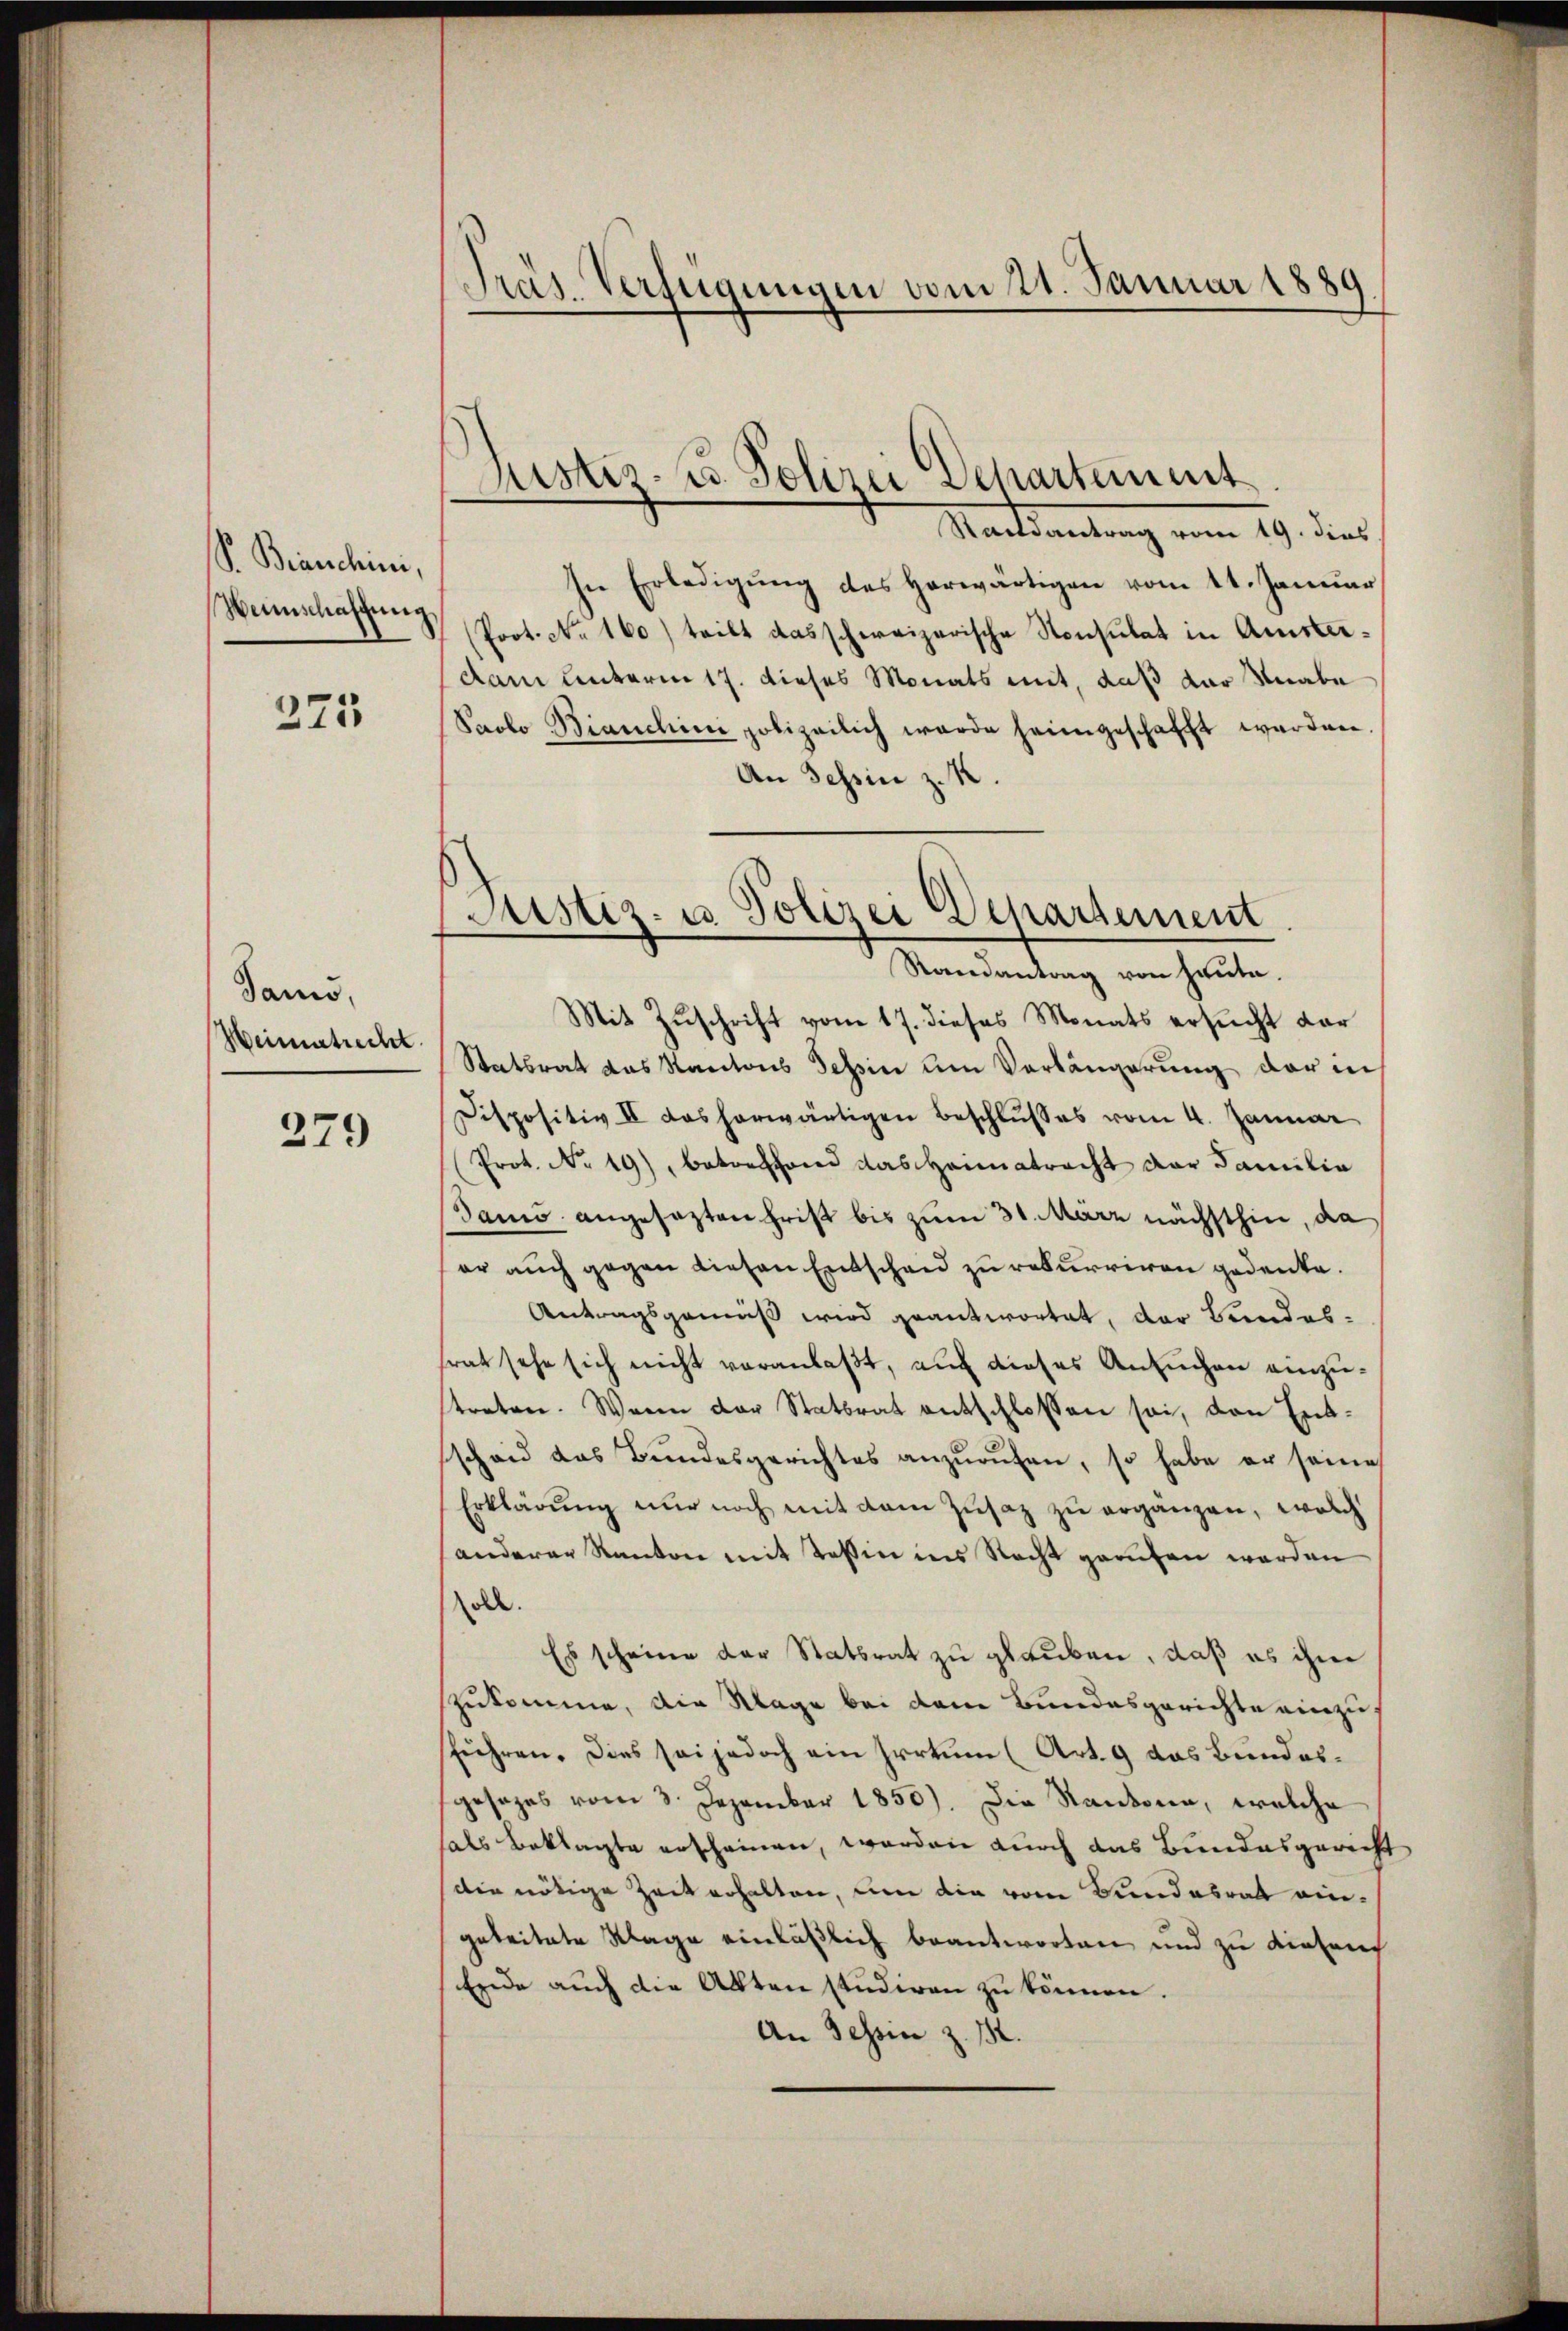
P. Branchini,
Weinschaffung

221

Jans,
Weinstrecht.

279

Präs. Verfügungen vom 21. Januar 1889

Suster. C. Polizei Departement

Staatsantung vom 19. dies
In Erledigŭng des herwärtigen vom 11. Januar
(Prot. No. 160) teilt das schweizerische Konsulat in Amsterdam unterm 17. dieses Monats mit, daß der Knabe
Paolo Bianchini polizeilich werde heimgeschafft werden
An Tessin z. K.

Justiz- u. Polizei Departement
Randantrag von heute.

Mit Zuschrift vom 17. dieses Monats ersucht dar
Statsrat das Kantons Tessin um Verlängerung der in
Dispositiv II das herwärtigen Beschlŭsses vom 4. Januar
Prot. No 19), betreffend das Heimatracht der Familia
Damo angesezten Frist bis zum 31. März nächsthin, da
er auch gegen diesen Entscheid zu rekurriren gedenke.
Antragsgemäß wird geantwortet, der Bundes-
trat sehe sich nicht veranlaßt, auf dieses Ansuchen einzutreten. Wenn der Stattrat entschlossen sei, den Entschen das Bundesgerichtes anzurufen, so habe er seine
Erklärung nur noch mit dem Zusatz zu ergänzen, welch
anderer Kanton mit Tessin ins Recht gerufen werden
soll.
Es scheine der Stattrat zu glauben, daß es ihne
zukomme, die Klage bei dem Bundesgerichte einzusführen. Dies sei jedoch ein Irrtum (Art. 9 das Bundessgesezes vom 3. Dezember 1850). Die Randorn, welche
hals Beklagte erscheinen, worden durch das Bundesgericht
die nötige Zeit erhalten, um die vom Bundesrat eingebreitete Klage einläßlich beantworten und zu diesen
Erde auch die Akten studiren zu können.
An Tessin z. 12.